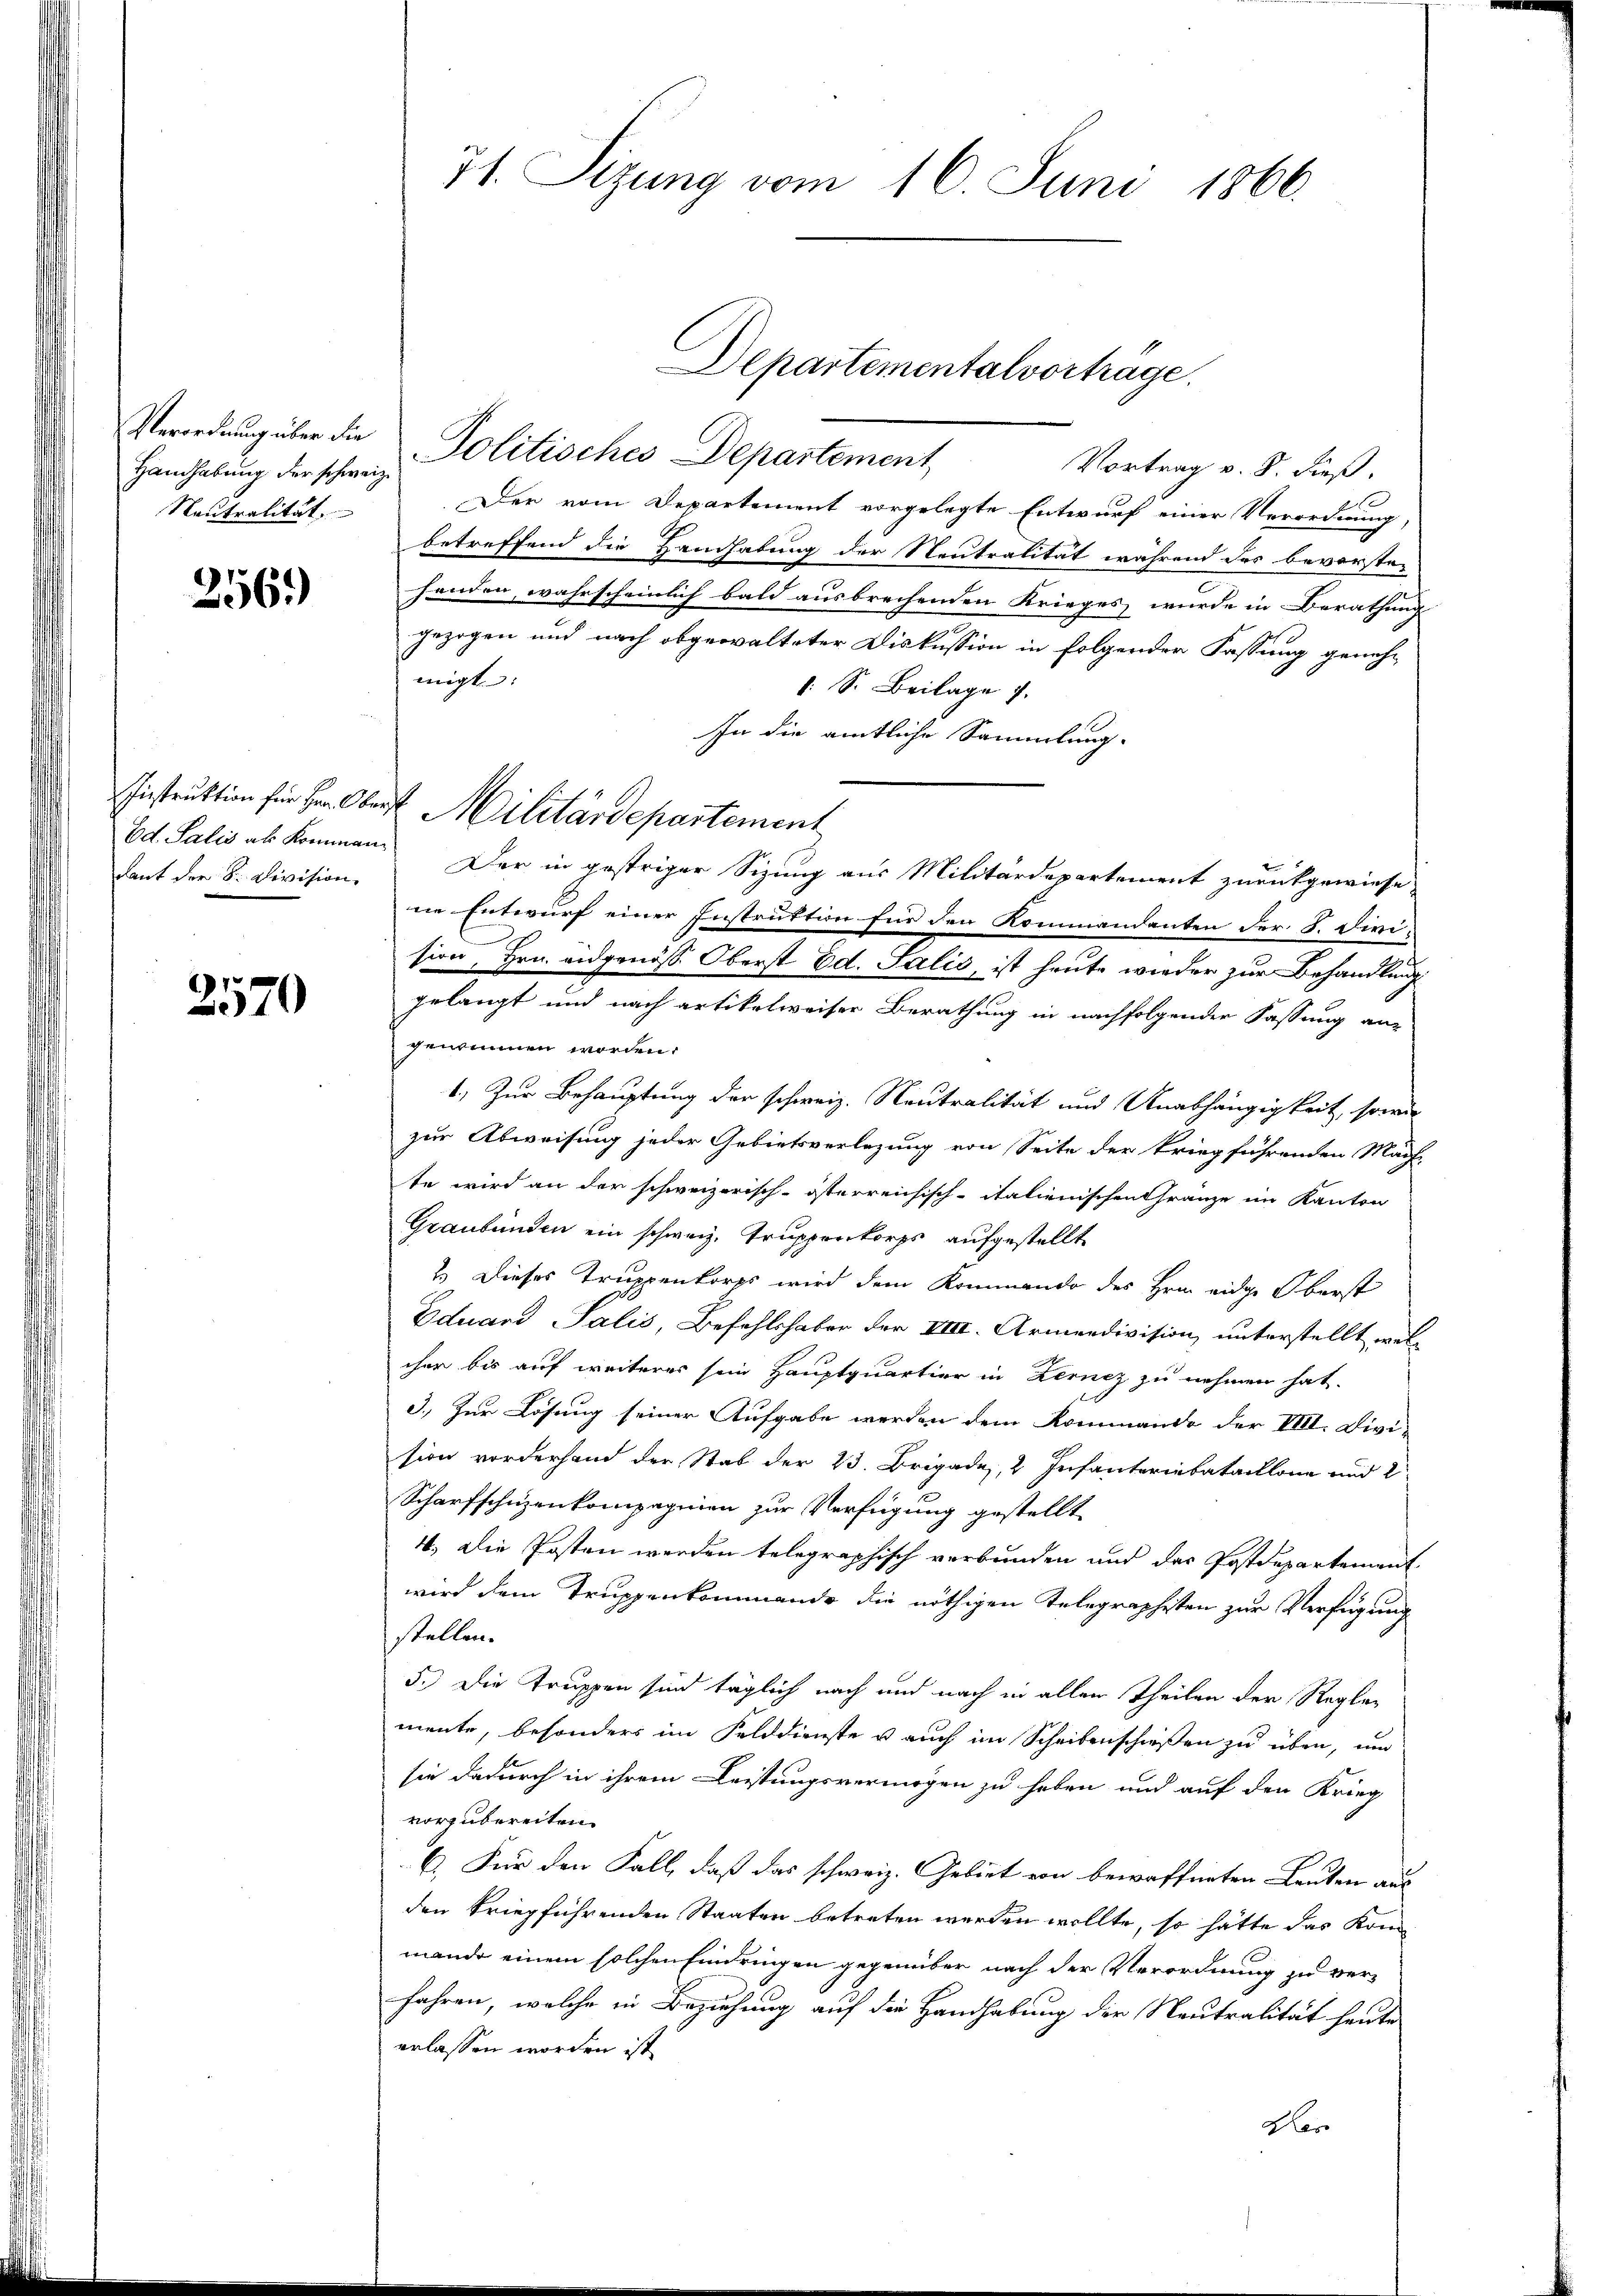
Handhabung der schweiz.
Neutralität.

256.)

Laut der Sr. Devision.

2570

71. Sizung vom 16. Juni 1866.

Departementalverträge.

Verordnung über die Politisches Departement,
Vortrag v. 8. dieß.
Der vom Departement vorgelegte Entwurf einer Verordnung,
betreffend die Handhabung der Neutralität während das bevorsten
handen, wahrscheinlich bald ausbrechenden Krieges wurde in Berathung
gezogen und nach obgewalteter Diskussion in folgender Fassung geneh-
migt:
: S. Beilage
In die amtliche Sammlung.
Instruktion für Hr. Oberst Militärdepartement
Ed. Salis ab kommen. Der in gestriger Sizung aus Militärdepartement zurückgewiese
ne Entwurf einer Instruktion für den Kommandanten der 8. Divi-
sion, Hrn. Eidgenöss Oberst Ed. Salis, ist heute wieder zur Behandlung
gelangt und nach artikelweiser Berathung in nachfolgenden Fassung an-
genommen worden.
1) Zur Behauptung der schweiz. Neutralität und Anabhängigkeit, sowie
zur Abweisung jeder Gebietsverlegung von Seite der kriegführenden Mäch-
te wird an der schweizerisch-österreichisch-italienischen Gränze im Kanton
Graubünden ein schweiz. Truppenkorps aufgestellt
2.) Dieses Truppenkorps wird dem Kommendo des Hrn. eidge Oberst
Eduard Salis, Befehlshaber der VIII. Armendivision, unterstellt, welcher bis auf weiteres sein Hauptquartier in Lernez zu nehmen hat.
3.) Zur Lösung seiner Aufgabe werden dem Kommando der VIII. Division vorderhand der Stab der 23. Brigade, 2 Infanteriebataillone und 2
Scharfschuzenkompagnien zur Verfügung gestellt
4. Die Posten werden telegraphisch verbunden und das Postdepartement
wird dem Truppenkommende die nöthigen Telegraphisten zur Verfügung
stellen.
5.) Die Truppen sind täglich nach und nach in allen Theilen der Reglemente, besonders im Felddienste u auch im Scheibenschießen zu üben, und
sie dadurch in ihrem Leistungsvermögen zu haben und auf den Krieg
vorzubereiten.
C. Für den Fall, daß das schweiz. Gebiet von bewaffneten Leuten aus
den kriegführenden Staaten betreten werden wollte, so hätte das Kom
mande einem solchen Eindringen gegenüber nach der Verordnung zu verfahren, welche in Beziehung auf die Handhabung der Neutralität heute
erlassen worden ist.
Her